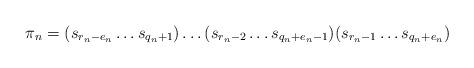
LaTeX: \begin{align*}\pi_n=(s_{r_n-e_n}\dots s_{q_n+1})\dots (s_{r_n-2}\dots s_{q_n+e_n-1}) (s_{r_n-1}\dots s_{q_n+e_n})\end{align*}